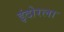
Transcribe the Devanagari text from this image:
इंदोरला